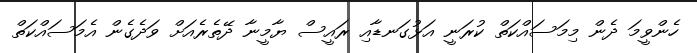
ހެންވީމަ ދެން މިމަސައްކަތް ކުރަނީ އަޅުގަނޑާއި ރައީސް ޔާމީނާ ދޭތެރެއަށް ވަދެގެން އެމަސައްކަތް